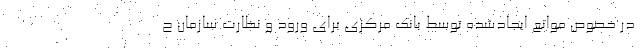
در خصوص موانع ایجادشده توسط بانک مرکزی برای ورود و نظارت سازمان ح